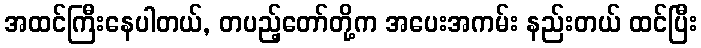
အထင်ကြီးနေပါတယ်, တပည့်တော်တို့က အပေးအကမ်း နည်းတယ် ထင်ပြီး